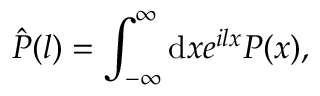
\hat { P } ( l ) = \int _ { - \infty } ^ { \infty } \mathrm { d } x e ^ { i l x } P ( x ) ,